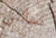
تسألنى